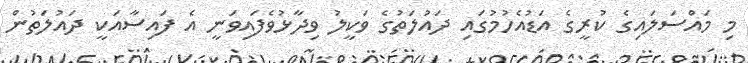
މި މައްސަލައިގެ ކުރީގެ އަޑުއެހުމުގައި ދައުލަތުގެ ވަކީލު ވިދާޅުވެފައިވަނީ އެ ފައިސާއަކީ ދައުލަތުން